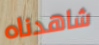
شاهدناه